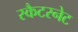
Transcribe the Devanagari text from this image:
स्कैटरनेट